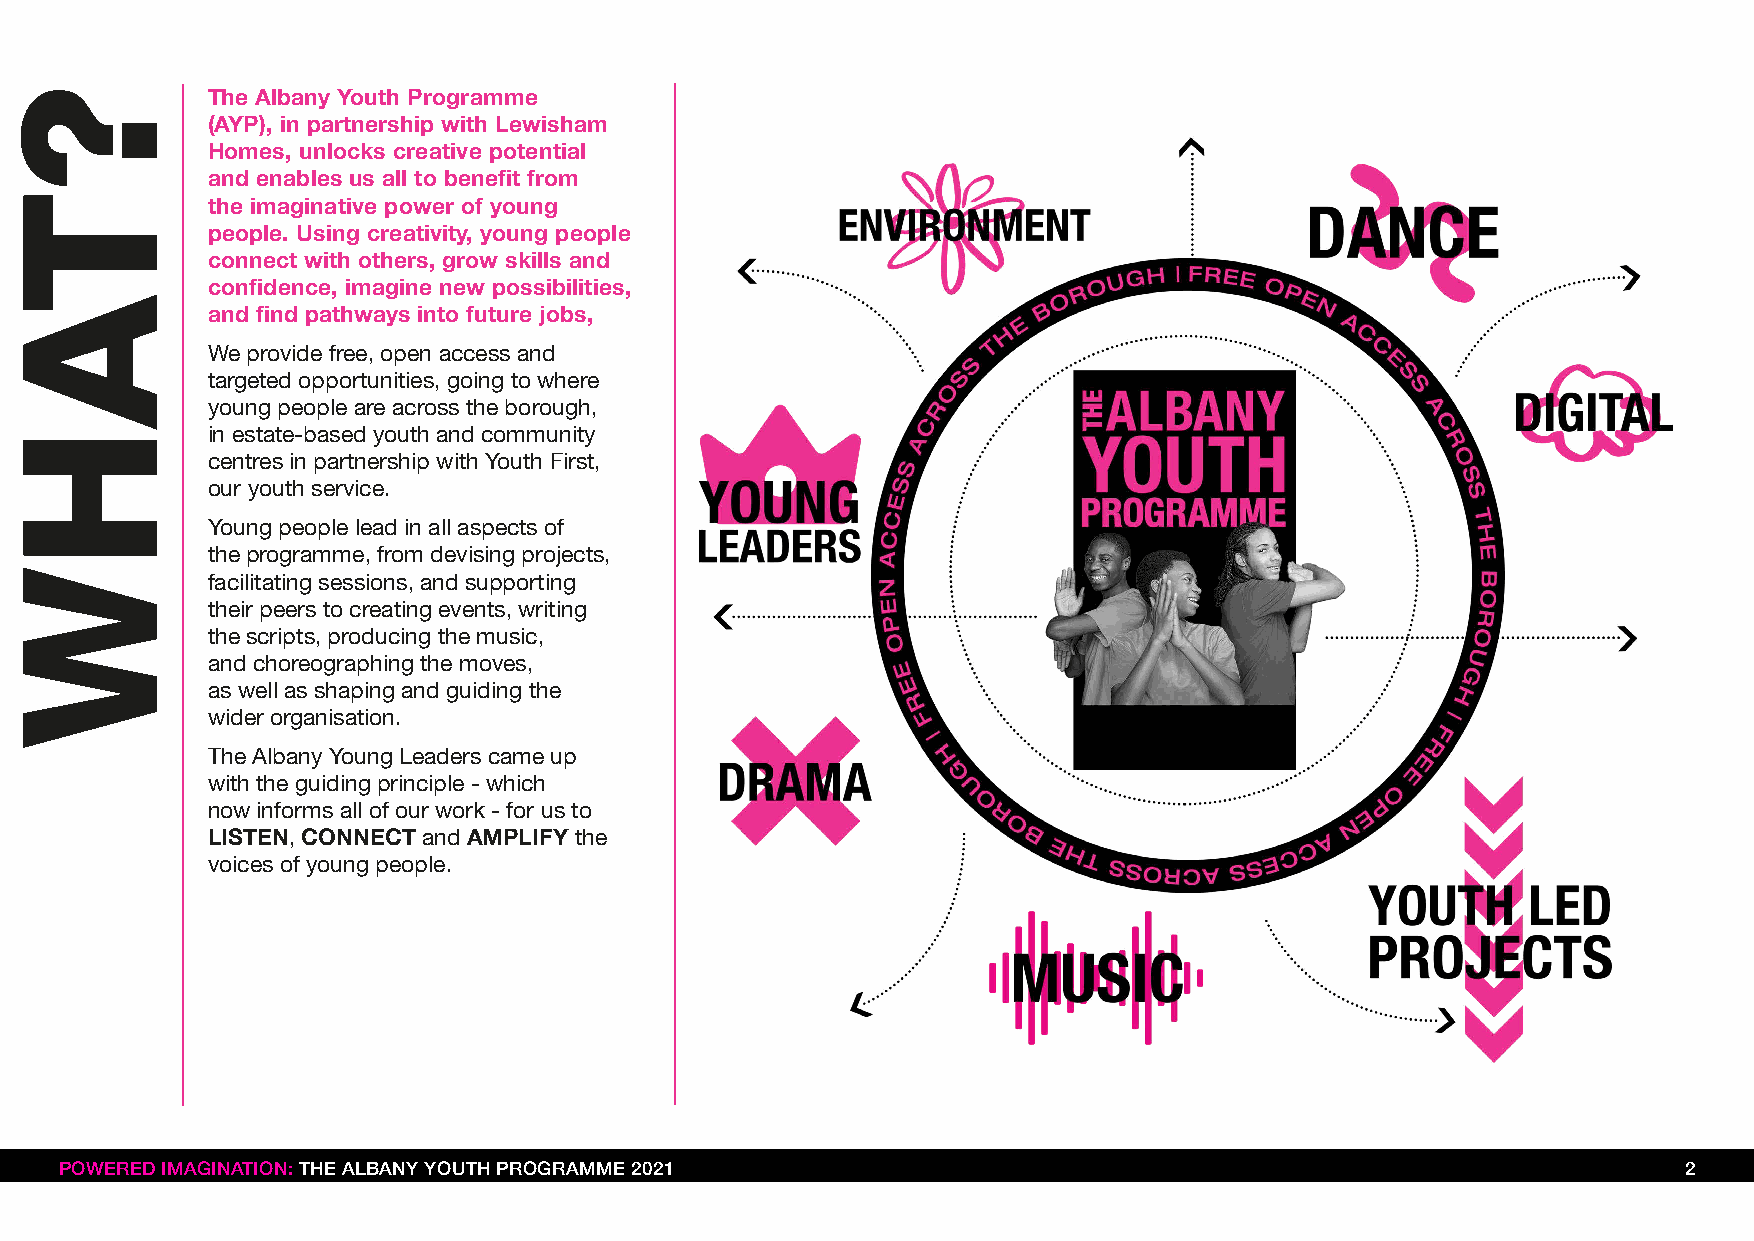
The Albany Youth Programme
 (AYP), in partnership with Lewisham
 Homes, unlocks creative potential
 and enables us all to benefit from
 the imaginative power of young
 people. Using creativity, young people
 connect with others, grow skills and
 confidence, imagine new possibilities,
 and find pathways into future jobs,
 We provide free, open access and
 targeted opportunities, going to where
 young people are across the borough,
 in estate-based youth and community
 centres in partnership with Youth First,
 our youth service.
 Young people lead in all aspects of
 the programme, from devising projects,
 facilitating sessions, and supporting
 their peers to creating events, writing
 the scripts, producing the music,
 and choreographing the moves,
 as well as shaping and guiding the
 wider organisation.
 The Albany Young Leaders came up
 with the guiding principle - which
 now informs all of our work - for us to
 LISTEN, CONNECT and AMPLIFY the
 voices of young people.
 POWERED IMAGINATION: THE ALBANY YOUTH PROGRAMME 2021                                                        2
 ?TAHW